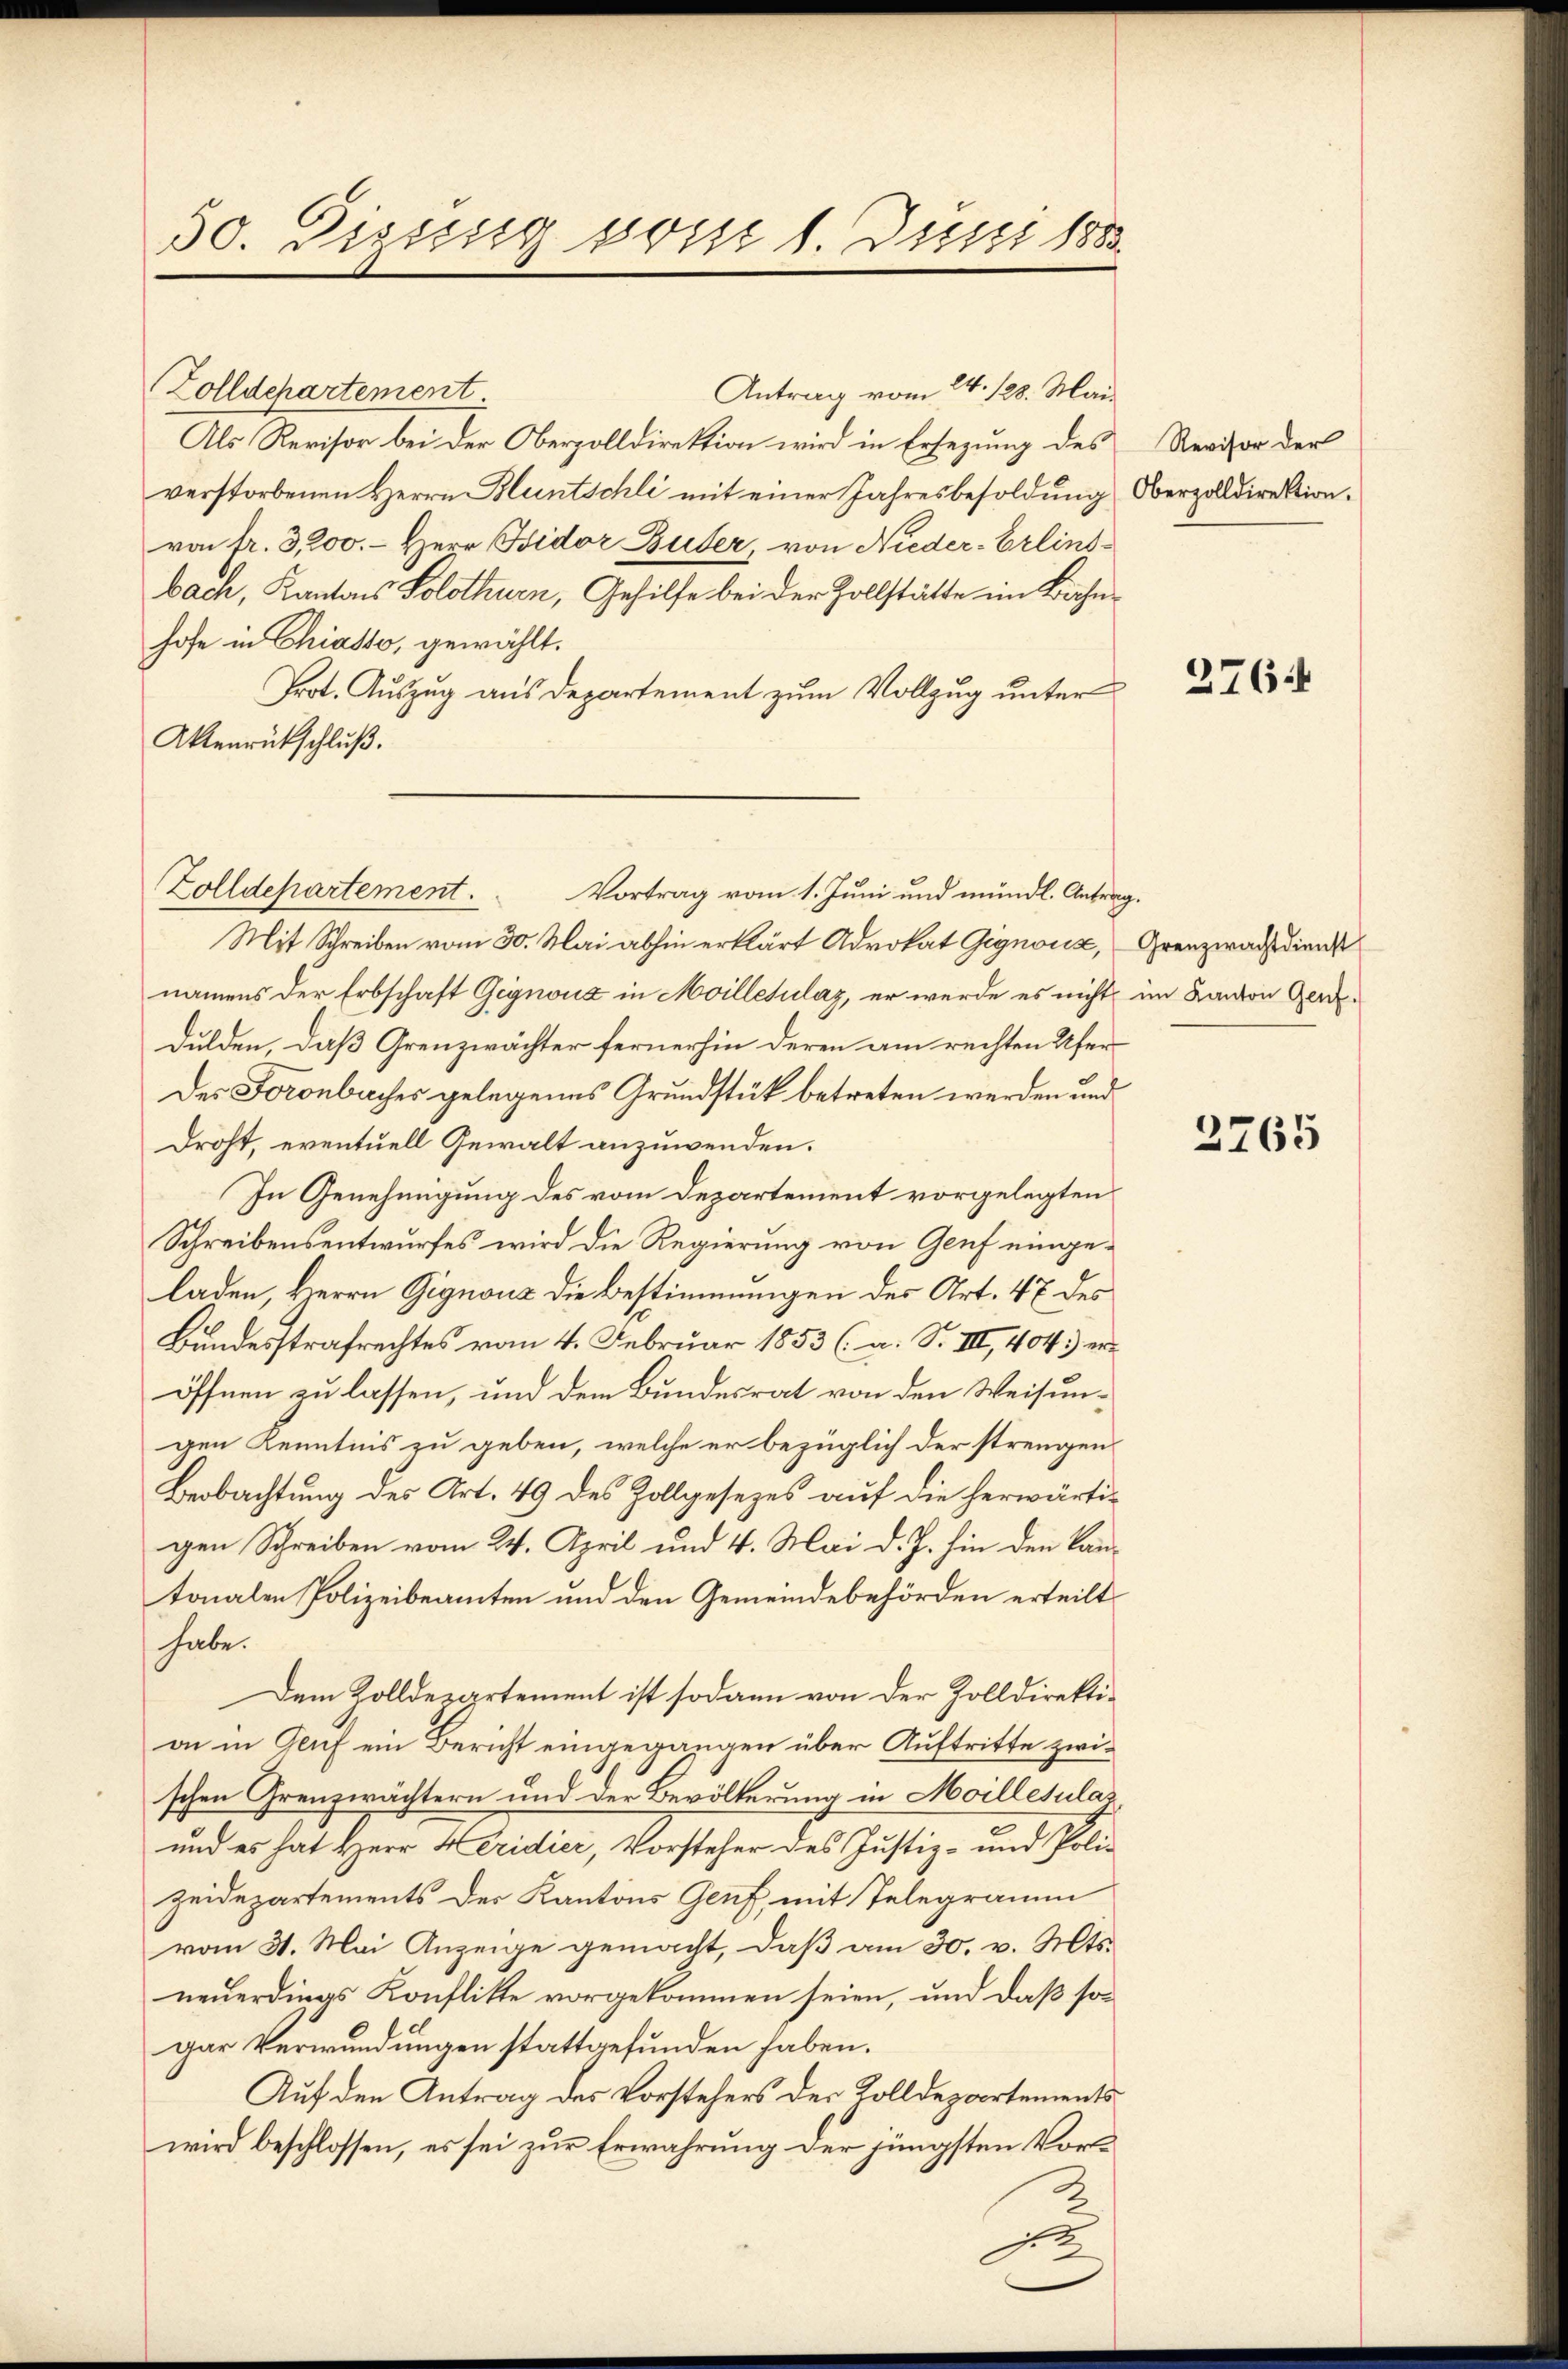
50. Diessung vom 1. Juni 1883

Zolldchartement
Antrag vom 24. 123. Mai
Als Revisor bei der Oberzolldirektion wird in Ersezung des
verstorbenen Herrn Bluntschli mit einer Jahresbesoldung
von fr. 3,200. – Herr Bidor Buder, von Nieder-Erlinsbach, Kantons Solothurn, Gehilfe bei der Zollstätte im Bahnhofe in Chiasso, gewählt.
Prot. Auszug aus Departement zum Vollzug unter
Aktenrückschluß.
Mit Schreiben vom 30. Mai abhin erklärt Advokat Gignoux,
namens der Erbschaft Gegnouz in Moilletulaz, er werde es nicht im Kanton Gen
dulden, daß Grenzwächter fernerhin deren am rechten Ufer
Der Foronbaches gelegenes Grundstück betreten werden und
droht, eventuell Gewalt anzuwenden.
In Genehmigung des vom Departement vorgelegten
Schreibensentwurfes wird die Regierung von Genf eingeladen, Herrn Gignoua die Bestimmungen des Art. 47 des
Bundesstrafrechtes vom 4. Februar 1853 (a. S. III, 404) eröffnen zu lassen, und dem Bundesrat von den Weisungen Kenntnis zu geben, welche er bezüglich der strengen
Beobachtung des Art. 49 des Zollgesezes auf die herwärtigen Schreiben vom 24. April und 4. Mai d. J. hin den Kantonalen Polizeibeamten und den Gemeindebehörden erteilt
habe.
Dem Zolldepartement ist sodann von der Zolldirektion in Genf ein Bericht eingegangen über Auftritte zwischen Grenzwächtern und der Bevölkerung in Moillesulat,
und es hat Herr Heridier, Vorsteher des Justiz- und Poli-
zeidepartements des Kantons Genf, mit Telegramm
vom 31. Mai Anzeige gemacht, daß am 30. v. Mts.
neuerdings Konflikte vorgekommen seien, und daß sogar Verwundungen stattgefunden haben.
Auf den Antrag des Vorstehers der Kolldepartements
wird beschlossen, es sei zur Erwahrung der jüngsten Vor¬

Zolldepartement. Vortrag vom 1. Juni und mündl. Antrag.

Revisor der
Oberzolldirektion.

276.

Grenzwachtdienst

2765